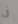
فى